Report on sanitation, dispensaries, and jails in Rajputana for 1918, and on vaccination for the year 1918-1919 - 1918-1919
Year: 1918
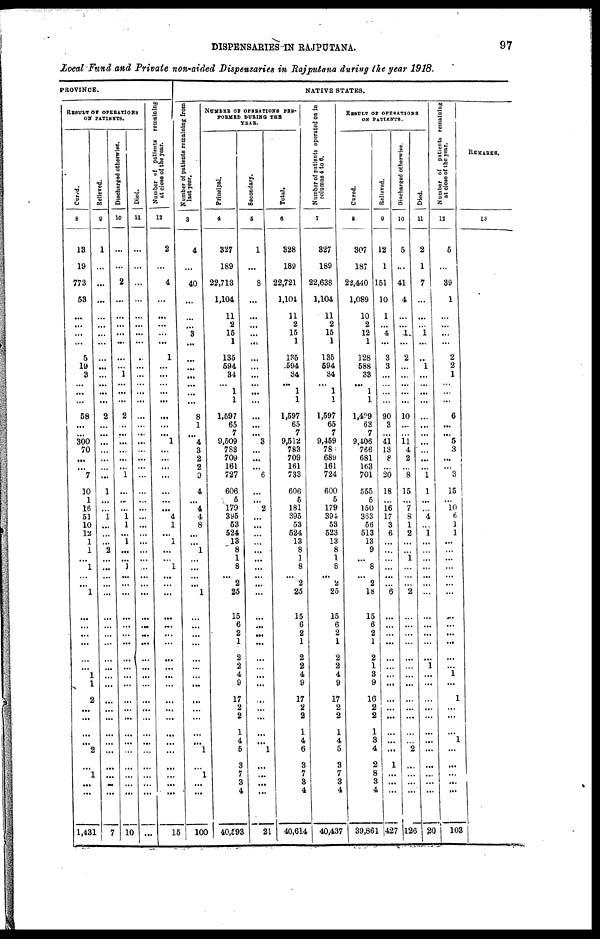
DISPENSARIES IN RAJPUTANA.
97
Local Fund and Private non-aided Dispensaries in Rajputana during the year 1918.
PROVINCE.
RESULT OF OPERATIONS
ON PATIENTS.
Cured.
8
13
19
773
53
...
...
...
...
5
19
3
...
...
...
58
...
...
300
70
...
...
7
10
1
16
51
10
12
1
1
...
1
...
...
1
...
...
...
...
...
...
1
1
2
...
...
...
...
2
...
1
...
...
1,431
Relieved.
9
1
...
...
...
...
...
...
...
...
...
...
...
...
...
2
...
...
...
...
...
...
...
1
...
...
1
...
...
...
2
...
...
...
...
...
...
...
...
...
...
...
...
...
...
...
...
...
...
...
...
...
...
...
7
Discharged otherwise.
10
...
...
2
...
...
...
...
...
...
...
1
...
...
...
2
...
...
...
...
...
...
1
...
...
...
1
1
...
1
...
...
3
...
...
...
...
...
...
...
...
...
...
...
...
...
...
...
...
...
...
...
...
...
10
Died.
11
...
...
...
...
...
...
...
...
...
...
...
...
...
...
...
...
...
...
...
...
...
...
...
...
...
...
...
...
...
...
...
...
...
...
...
...
...
...
...
...
...
...
...
...
...
...
...
...
...
...
...
...
...
...
N umber of patients remaining
at close of the year.
12
2
...
4
...
...
...
...
...
1
...
...
...
...
...
...
...
...
1
...
...
...
...
...
...
...
4
1
...
1
...
...
1
...
...
...
...
...
...
...
...
...
...
...
...
...
...
...
...
...
...
...
...
...
15
NATIVE STATES.
Number of patients remaining from
last year.
3
4
...
40
...
...
...
3
...
...
...
...
...
...
...
8
1
...
4
3
2
2
9
4
...
4
4
8
...
...
1
...
...
...
...
1
...
...
...
...
...
...
...
...
...
...
...
...
...
1
...
1
...
...
100
NUMBER OF OPERATIONS PER¬
FORMED DURING THE
YEAR.
Principal.
4
327
189
22,713
1,104
11
2
15
1
135
594
34
...
1
1
1,597
65
7
9,509
783
709
161
727
606
5
179
395
53
524
13
8
1
8
...
2
25
15
6
2
1
2
2
4
9
17
2
2
1
4
5
3
7
3
4
40,593
Secondary.
5
1
...
8
...
...
...
...
...
...
...
...
...
...
...
...
...
...
3
...
...
...
6
...
...
2
...
...
...
...
...
...
...
...
...
...
...
...
...
...
...
...
...
...
...
...
...
...
...
1
...
...
...
...
21
Total.
6
328
189
22,721
1,104
11
2
15
1
135
594
34
...
1
1
1,597
65
7
9,512
783
709
161
733
606
5
181
395
53
524
13
8
1
8
...
2
25
15
6
2
1
2
2
4
9
17
2
2
1
4
6
3
7
3
4
40,614
Number of patients operated on in
columns 4 to 6.
7
327
189
22,638
1,104
11
2
15
1
135
594
34
...
1
1
1,597
65
7
9,459
785
689
161
724
600
5
179
394
53
523
13
8
1
8
...
2
25
15
6
2
1
2
2
4
9
17
2
2
1
4
5
3
7
3
4
40,437
RESULT OF OPERATIONS
ON PATIENTS.
Cured.
8
307
187
22,440
1,089
10
2
12
1
128
588
33
...
1
1
1,499
63
7
9,406
766
681
163
701
555
5
150
363
56
513
13
9
...
8
...
2
18
15
6
2
1
2
1
3
9
16
2
2
1
3
4
2
8
3
4
39,861
Relieved.
9
12
1
151
10
1
...
4
...
3
3
...
...
...
...
90
3
...
41
13
8
...
20
18
...
16
17
3
6
...
...
...
...
...
...
6
...
...
...
...
...
...
...
...
...
...
...
...
...
...
1
...
...
...
427
Discharged otherwise.
10
5
...
41
4
...
...
1
...
2
...
...
...
...
...
10
...
...
11
4
2
...
8
15
...
7
8
1
2
...
...
1
...
...
...
2
...
...
...
...
...
...
...
...
...
...
...
...
...
2
...
...
...
126
Died.
11
2
1
7
...
...
...
1
...
...
1
...
...
...
...
...
...
...
...
...
...
...
1
1
...
...
4
...
1
...
...
...
...
...
...
...
...
...
...
...
...
1
...
...
...
...
...
...
...
...
...
...
...
...
20
Number of patients remaining
at close of the year.
12
5
...
39
1
...
...
...
...
2
2
1
...
...
...
6
...
...
5
3
...
...
3
15
...
10
6
1
1
...
...
...
...
...
...
...
...
...
...
...
...
...
1
...
1
...
...
...
1
...
...
...
...
103
REMARKS.
13